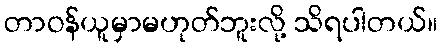
တာဝန်ယူမှာမဟုတ်ဘူးလို့ သိရပါတယ်။